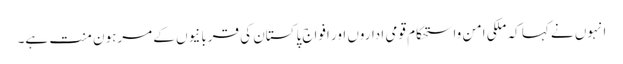
انہوں نے کہا کہ ملکی امن واستحکام قومی اداروں اور افواج پاکستان کی قربانیوں کے مرہون منت ہے۔